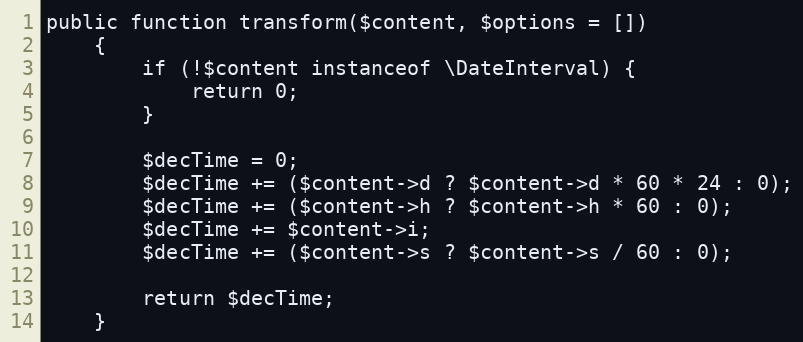
Language: PHP
public function transform($content, $options = [])
    {
        if (!$content instanceof \DateInterval) {
            return 0;
        }

        $decTime = 0;
        $decTime += ($content->d ? $content->d * 60 * 24 : 0);
        $decTime += ($content->h ? $content->h * 60 : 0);
        $decTime += $content->i;
        $decTime += ($content->s ? $content->s / 60 : 0);

        return $decTime;
    }